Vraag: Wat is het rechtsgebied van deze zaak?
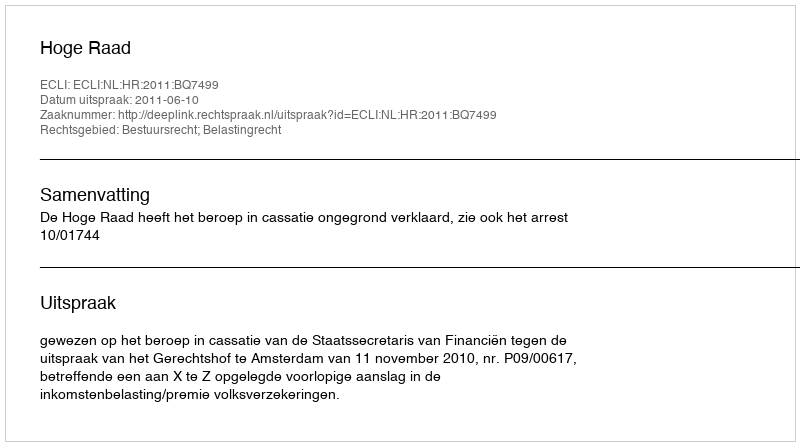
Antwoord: Bestuursrecht; Belastingrecht